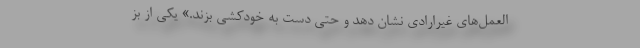
‌العمل‌های غیرارادی نشان دهد و حتی دست به خودکشی بزند.» یکی از بز